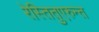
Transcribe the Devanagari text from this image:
रेस्तितुएरुन्त